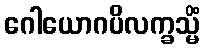
ဂေါယောဂပိလက္ခသ္မိံ